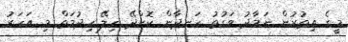
މީގެ އިތުރުން ނަމާދު ވަގުތު ހަނދާން ކޮށްދޭ ހިލޭ ހިދުމަތް މި އަހަރު